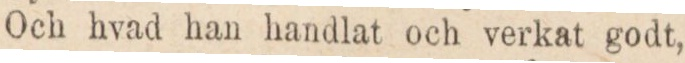
Och hvad han handlat och verkat godt,